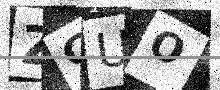
Text: ZGUO